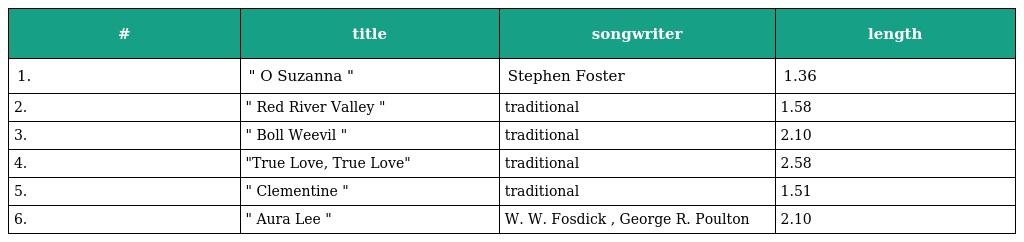
| # | title | songwriter | length |
 | --- | --- | --- | --- |
 | 1. | " O Suzanna " | Stephen Foster | 1.36 |
 | 2. | " Red River Valley " | traditional | 1.58 |
 | 3. | " Boll Weevil " | traditional | 2.10 |
 | 4. | "True Love, True Love" | traditional | 2.58 |
 | 5. | " Clementine " | traditional | 1.51 |
 | 6. | " Aura Lee " | W. W. Fosdick , George R. Poulton | 2.10 |